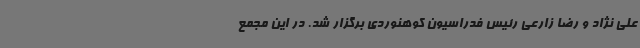
علی نژاد و رضا زارعی رئیس فدراسیون کوهنوردی برگزار شد. در این مجمع